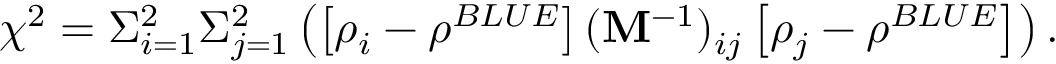
\chi ^ { 2 } = \Sigma _ { i = 1 } ^ { 2 } \Sigma _ { j = 1 } ^ { 2 } \left( \left[ \rho _ { i } - \rho ^ { B L U E } \right] ( { \bf M } ^ { - 1 } ) _ { i j } \left[ \rho _ { j } - \rho ^ { B L U E } \right] \right) .